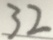
3 2